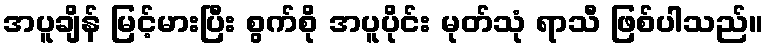
အပူချိန် မြင့်မားပြီး စွက်စို အပူပိုင်း မုတ်သုံ ရာသီ ဖြစ်ပါသည်။